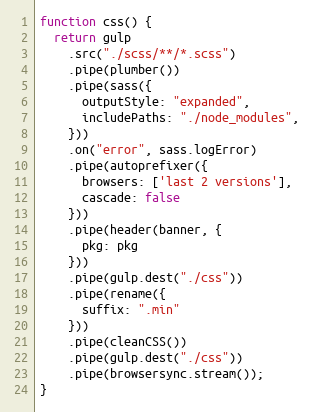
Language: JavaScript
function css() {
  return gulp
    .src("./scss/**/*.scss")
    .pipe(plumber())
    .pipe(sass({
      outputStyle: "expanded",
      includePaths: "./node_modules",
    }))
    .on("error", sass.logError)
    .pipe(autoprefixer({
      browsers: ['last 2 versions'],
      cascade: false
    }))
    .pipe(header(banner, {
      pkg: pkg
    }))
    .pipe(gulp.dest("./css"))
    .pipe(rename({
      suffix: ".min"
    }))
    .pipe(cleanCSS())
    .pipe(gulp.dest("./css"))
    .pipe(browsersync.stream());
}